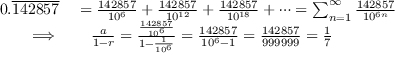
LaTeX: \begin{array} { r l } { 0 . { \overline { { 1 4 2 8 5 7 } } } } & { { } = { \frac { 1 4 2 8 5 7 } { 1 0 ^ { 6 } } } + { \frac { 1 4 2 8 5 7 } { 1 0 ^ { 1 2 } } } + { \frac { 1 4 2 8 5 7 } { 1 0 ^ { 1 8 } } } + \cdots = \sum _ { n = 1 } ^ { \infty } { \frac { 1 4 2 8 5 7 } { 1 0 ^ { 6 n } } } } \\ { \implies } & { { } \quad { \frac { a } { 1 - r } } = { \frac { \frac { 1 4 2 8 5 7 } { 1 0 ^ { 6 } } } { 1 - { \frac { 1 } { 1 0 ^ { 6 } } } } } = { \frac { 1 4 2 8 5 7 } { 1 0 ^ { 6 } - 1 } } = { \frac { 1 4 2 8 5 7 } { 9 9 9 9 9 9 } } = { \frac { 1 } { 7 } } } \end{array}